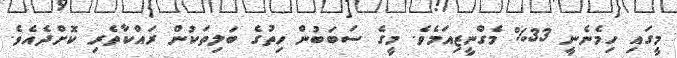
މީގައި ހިމެނެނީ 33% މެގްނީޒިއަމެވެ. މީގެ ސަބަބުން ހިތުގެ ބަލިތަކުން ރައްކާތެރި ކޮށްދެއެވެ.